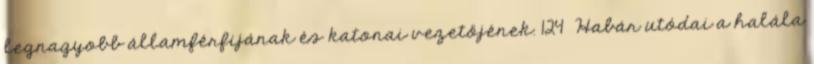
legnagyobb államférfijának és katonai vezetőjének. 124 Habár utódai a halála